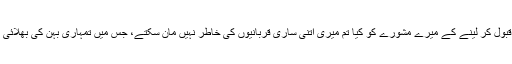
اس پیشکش کو قبول کر لینے کے میرے مشورے کو کیا تم میری اتنی ساری قربانیوں کی خاطر نہیں مان سکتے، جس میں تمہاری بہن کی بھلائی بھی شامل ہے ۔